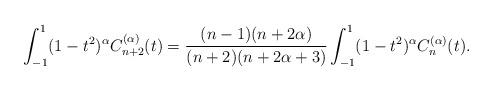
LaTeX: \begin{align*} \int_{- 1}^1 (1 - t^2)^{\alpha} C^{(\alpha)}_{n + 2} (t) = \frac{(n - 1) (n + 2 \alpha)}{(n + 2) (n + 2 \alpha + 3)} \int_{- 1}^1 (1 - t^2)^{\alpha} C^{(\alpha)}_n (t) . \end{align*}